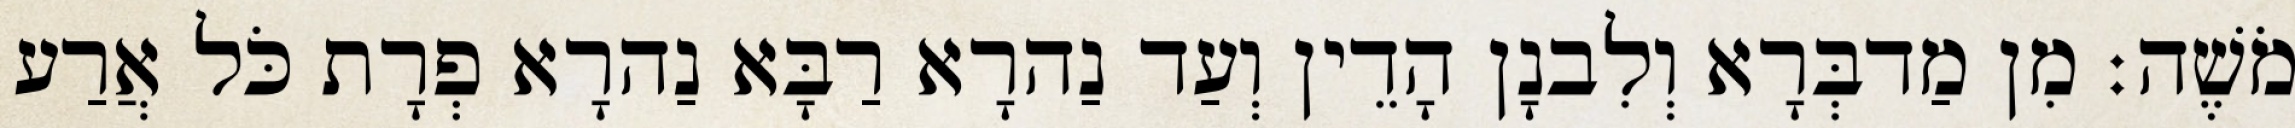
מֹשֶׁה׃ מִן מַדבְּרָא וְלִבנָן הָדֵין וְעַד נַהרָא רַבָּא נַהרָא פְרָת כֹּל אֲרַע